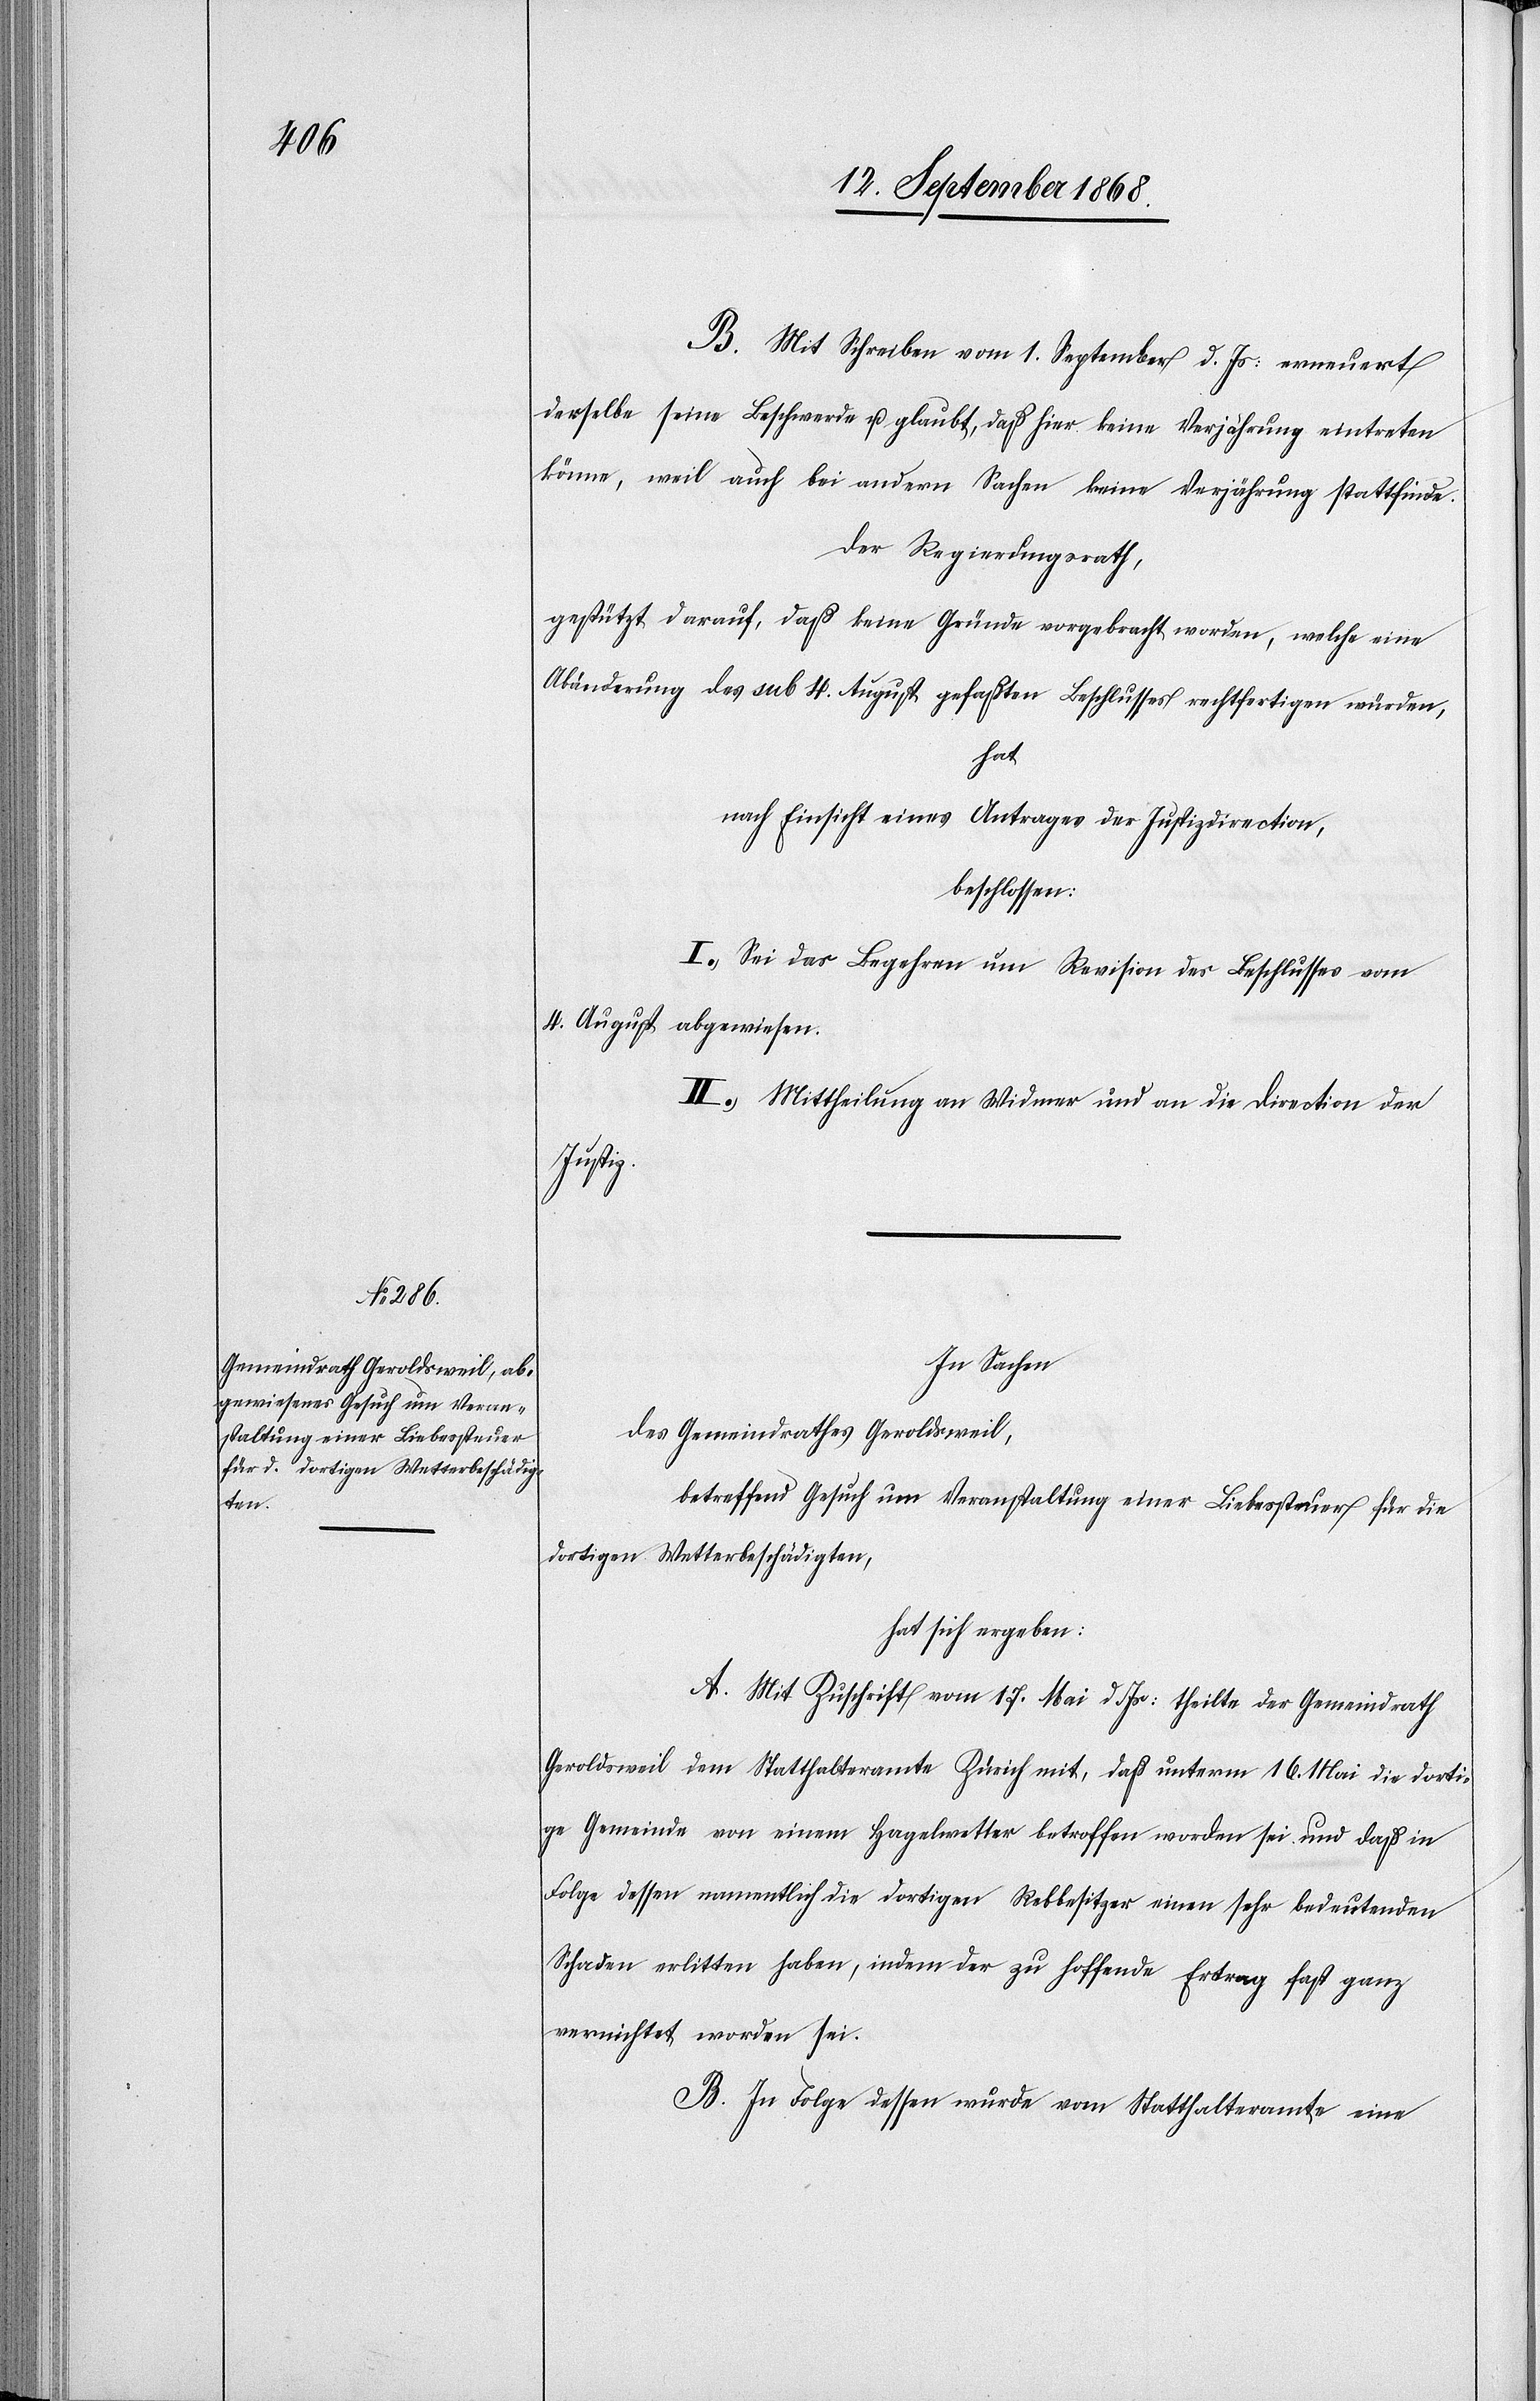
B. Mit Schreiben vom 1. September d. Js: erneuert
derselbe seine Beschwerde u. glaubt, daß hier keine Verjährung eintreten
könne, weil auch bei andern Sachen keine Verjährung stattfinde.
Der Regierungsrath,
gestützt darauf, daß keine Gründe vorgebracht worden, welche eine
Abänderung des sub 4. August gefaßten Beschlusses rechtfertigen würden,
hat
nach Einsicht eines Antrages der Justizdirection,
beschlossen:
I.) Sei das Begehren um Revision des Beschlusses vom
4. August abgewiesen.
II.) Mittheilung an Widmer und an die Direction der
Justiz.
In Sachen
des Gemeindrathes Geroldsweil,
betreffend Gesuch um Veranstaltung einer Liebessteuer für die
dortigen Wetterbeschädigten,
hat sich ergeben:
A. Mit Zuschrift vom 17. Mai d. Js: theilte der Gemeindrath
Geroldsweil dem Statthalteramte Zürich mit, daß unterm 16. Mai die dorti¬
ge Gemeinde von einem Hagelwetter betroffen worden sei und daß in
Folge dessen namentlich die dortigen Rebbesitzer einen sehr bedeutenden
Schaden erlitten haben, indem der zu hoffende Ertrag fast ganz
vernichtet worden sei.
B. In Folge dessen wurde vom Statthalteramte eine